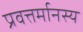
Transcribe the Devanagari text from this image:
प्रवत्तर्मानस्य